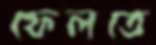
ফেলতে